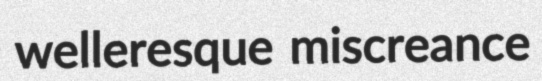
welleresque miscreance